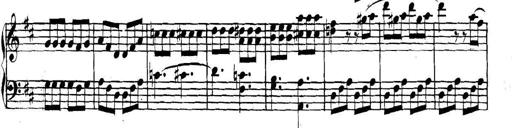
Title: Collected Piano Sonatas
Composer: Muzio Clementi